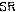
SR